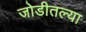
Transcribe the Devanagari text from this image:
जोडीतल्या